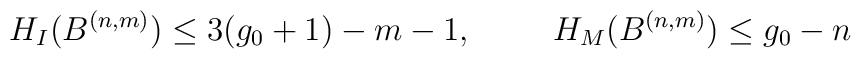
H_I(B^{(n,m)}) \leq 3(g_0+1)-m-1,\hspace{1.0cm} H_M(B^{(n,m)})\leq g_0-n